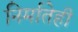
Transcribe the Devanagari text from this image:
निर्मातेही